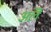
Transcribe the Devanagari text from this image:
अलॆ